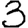
Digit: 3